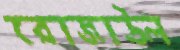
রোজাউল